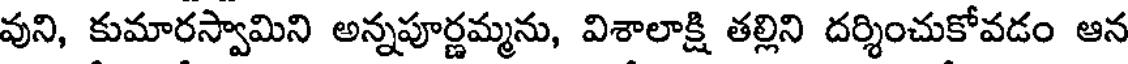
వుని, కుమారస్వామిని అన్నపూర్ణమ్మను, విశాలాక్షి తల్లిని దర్శించుకోవడం ఆన